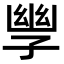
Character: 𫲪